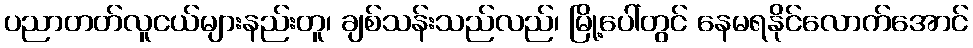
ပညာတတ်လူငယ်များနည်းတူ၊ ချစ်သန်းသည်လည်၊ မြို့ပေါ်တွင် နေမရနိုင်လောက်အောင်